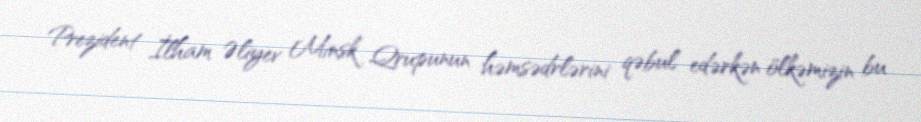
Prezident İlham Əliyev Minsk Qrupunun həmsədrlərini qəbul edərkən ölkəmizin bu